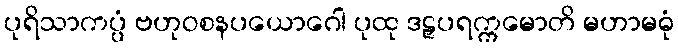
ပုရိသာကပ္ပံ ဗဟုဝစနပယောဂေါ ပုထု ဒဠှပရက္ကမောတိ မဟာမဓုံ